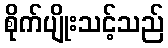
စိုက်ပျိုးသင့်သည်